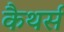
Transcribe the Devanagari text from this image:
कैथर्स